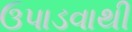
ઉપાડવાથી